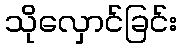
သိုလှောင်ခြင်း